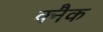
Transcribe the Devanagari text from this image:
क्नैक